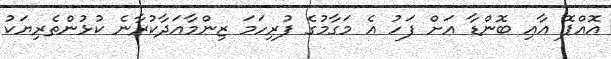
އޮއްޕޮ އާއި ބޮންޑާ އަށް ފަހު އެ މަގާމުގެ ފުރިހަމަ ޒިންމާއަދާކުރާނެ ކުޅުންތެރިޔަކު